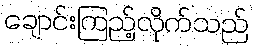
ချောင်းကြည့်လိုက်သည်